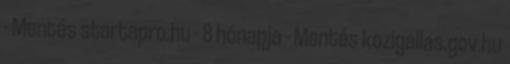
- Mentés startapro.hu - 8 hónapja - Mentés kozigallas.gov.hu